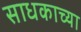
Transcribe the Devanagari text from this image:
साधकाच्या